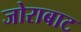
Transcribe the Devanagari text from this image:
जोराबाट